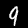
Label: 9